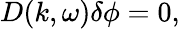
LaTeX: D(k,\omega)\delta\phi=0,